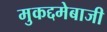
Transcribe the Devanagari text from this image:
मुकद्दमेबाजी